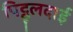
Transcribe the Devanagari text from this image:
पिट्ठूलदाई